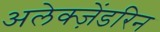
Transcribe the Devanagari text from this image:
अलेक्ज़ेंडरिन